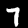
Digit: 7